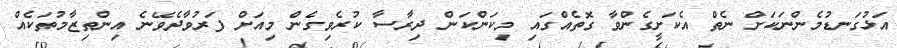
އަޅުގަނޑުމެންނަކަށް ނެތް އެކަށީގެންވާ ގޮތެެއްގައި މިކަންކަން ދިރާސާ ކުރެވިގެން މިއަށް ފަރުވާދެވޭނެ އިންތިޒާމުތަކެއް